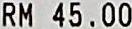
RM 45.00